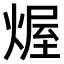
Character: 𤌆